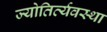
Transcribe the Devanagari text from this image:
ज्योतिर्व्यवस्था